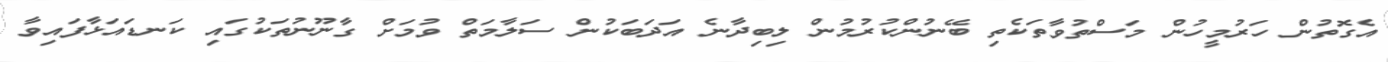
އެގޮތުން ހަރުމީހުން މަސްތުވާތަކެތި ބޭނުންކުރުމުން ލިބިދާނެ އަދަބަކުން ސަލާމަތް ވުމަށް ގާނޫނުތަކުގައި ކަނޑައަޅާފައިވާ